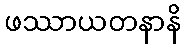
ဖဿာယတနာနိ